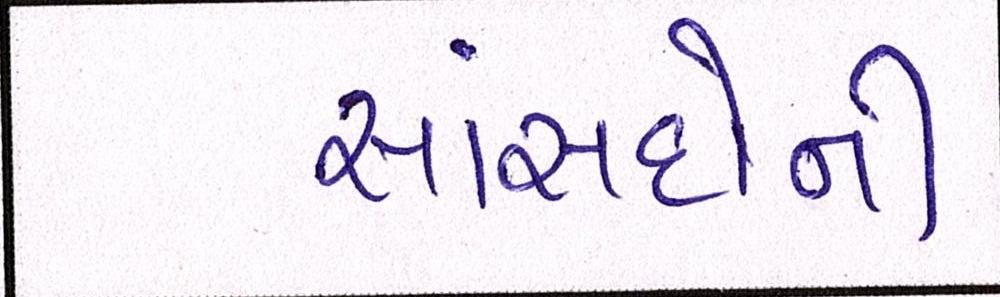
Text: સાંસદોની